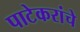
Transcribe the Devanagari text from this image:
पाटेकरांचे